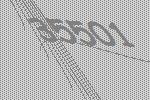
35501